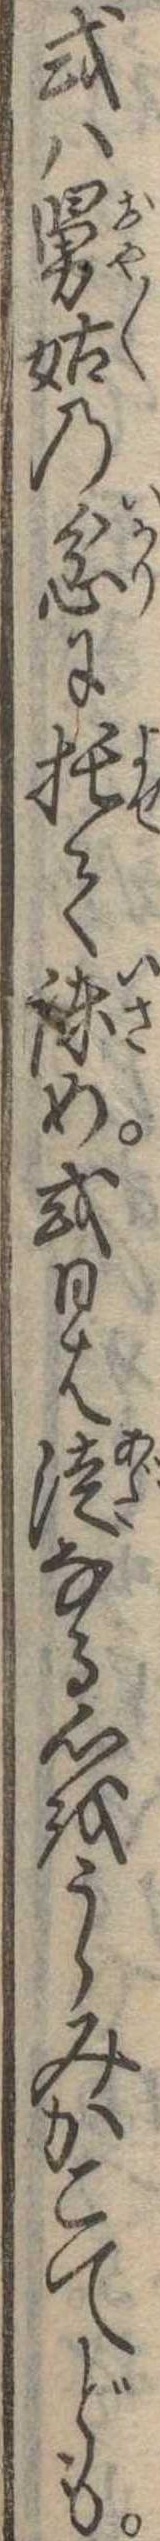
或は舅姑の忿に托て諌め或ひは徒なる心をうらみかこてども